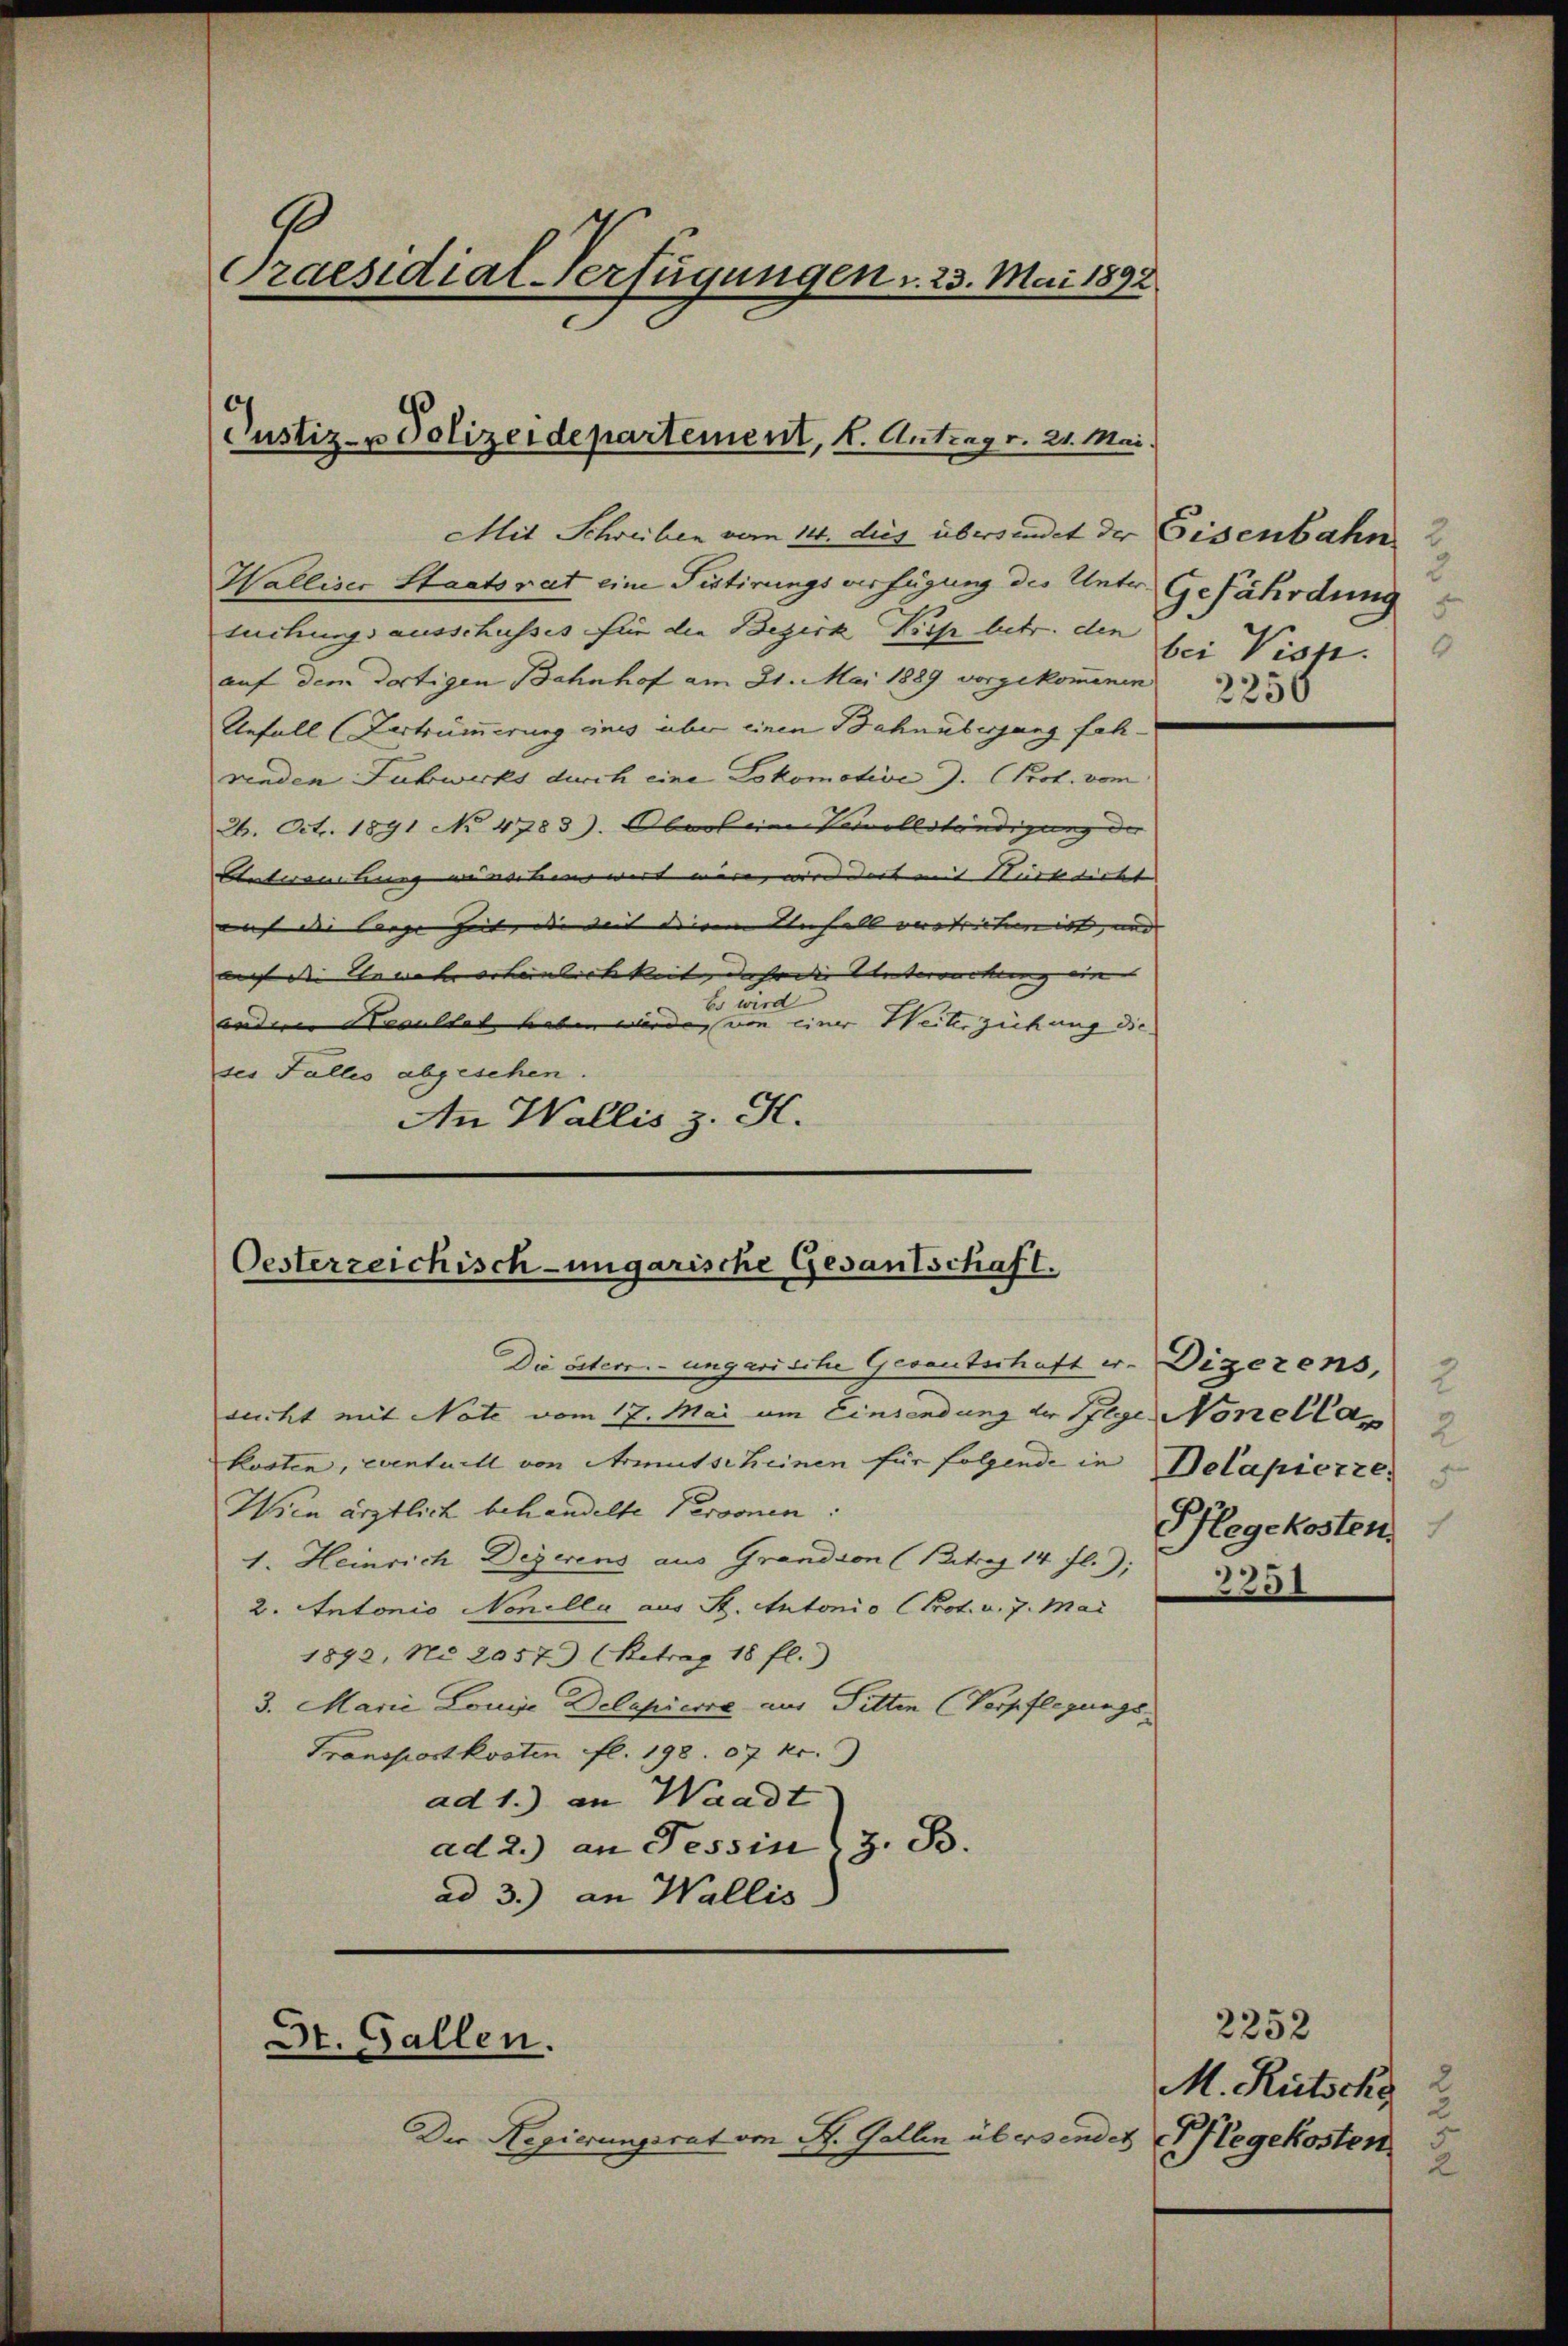
Praesidial-Verfügungen u. 23. Mai 1892

Justiz- u Polizeidepartement, k. Antrag v. 21. Mai.

Mit Schreiben vom 14. dies übersendet der
Walliser Staatsrat eine Sistirungsverfügung des Unter
suchungsausschusses für die Bezirk Dich betr. den
auf dem dortigen Bahnhof am 21. Mai 1889 vorgekommenen
Unfall (Vertrümmerung eines über einen Bahnübergung feh-
renden Subwerks durch eine Lokomotive ). (Prot. vom
24. Oct. 1891 No 4783). Obers eine Vervollständigung der |
Antwortung versehenswert wäre, wordert mit Nurblickt |
auf die Carge heit, die mit deinem Unfall verstrictiere ist, und |
auf die Senate erheinlichkeit, daher die Unterrechung ein |
bo wird
anderer Nacultat haben würde, von einer Weiter ziehung die
ses Falles abgesehen.
An Wallis z. K.

Oesterzeichisch-ungarische Gesantschaft.

c
St. Gallen.

Die österr. ungarische Gesantschaft er
sucht mit Note vom 17. Mai um Einsendung der Wege Nonellan
kosten, eventuell von Armutscheinen für folgende in
Wien ärztlich behandelte Personen:
1. Heinrich Degerens aus Grandson (Betrag 14 fl.),
2. Antonio Nonelli aus St. Antonio (Prot. v. 7. Mai
1892, No 2057) (Retrag 18 fl.)
3. Marie Louise Delapiere aus Pitten (Vorpflegungs¬
Transportkosten fl. 198. 07 kr.
ad 1.) an Waadt
ad 2.) an Tessin, z. B.
ad 3.) an Wallis

Der Regierungsrat von R. Gallen übersendet Pflegekosten

Eisenbahn
Gefährdung
5
bei Visp.

2256

Digerens,
Dolapierte.
Pflegekosten

25.

2252
M. Rütsche
2